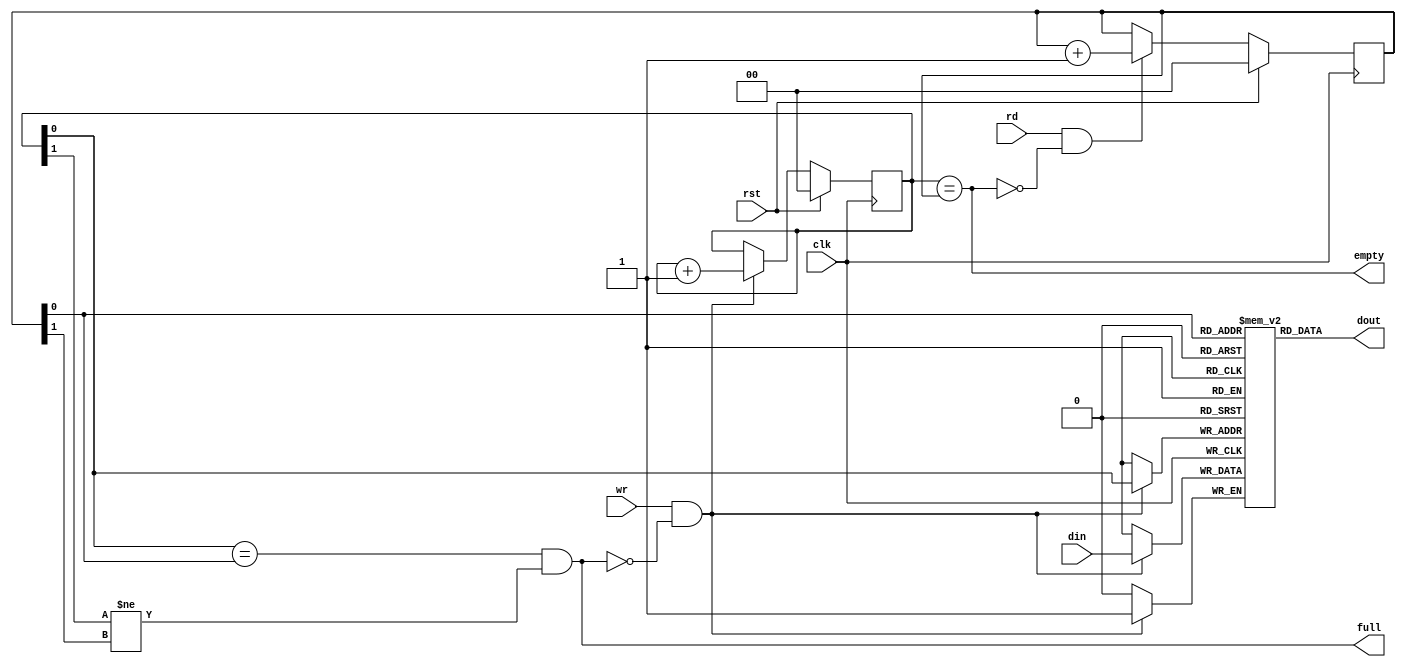
/* ****************************************************************************
//	This Source Code is A Synchronous FIFO Ctrl.
// 
//  Creator(s)  : 13943761963@163.com
//  Description : A Synchronous FIFO Ctrl.
//
//	Parameters  :
//      AW: addr(ptr) width.
//      DW: data width.
//		MODE: to set the rd signal read access behavior mode.
//			"SHOWAHEAD" : show-ahead mode.
//			"NORMAL":     normal mode.
//  
***************************************************************************** */
module fifo_sync #(
    parameter AW = 1,
	parameter DW = 1,
	parameter MODE = "SHOWAHEAD"   //"NORMAL"
)(
    input           wr,
    input           rd,
    input [DW-1:0]  din,

    output          full,
    output          empty,
    output [DW-1:0] dout,

    input clk,
    input rst
);

    reg [DW-1:0] mem [(1<<AW)-1:0];
	reg [AW:0] wp;
	reg [AW:0] rp;

    always@( posedge clk ) begin
		if (rst) 
			wp <= 0;
		else if (wr & !full) 
			wp <= wp + 1;
	end

	always@( posedge clk ) begin
		if (wr & !full) 
			mem[wp[AW-1:0]] <= din;
	end

    always@( posedge clk ) begin
		if (rst) 
			rp <= 0;
		else if (rd & !empty) 
			rp <= rp + 1;
	end

    assign full = wp[AW-1:0] == rp[AW-1:0] & wp[AW] != rp[AW];
    assign empty = wp == rp;

generate
	if (MODE == "SHOWAHEAD") begin: show_ahead_mode

		assign dout = mem[rp[AW-1:0]];

	end else if (MODE == "NORMAL") begin: normal_mode

		reg [DW-1:0] dout_r;
		always@( posedge clk ) begin
			if (rd & !empty)begin
				dout_r <= mem[rp[AW-1:0]];
			end
		end 

		assign dout = dout_r;

	end else begin

		always@( posedge clk )
			$display("FIFO_SYNC MODE ERROR");

	end
endgenerate



endmodule